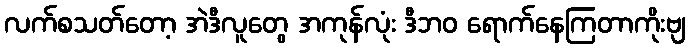
လက်စသတ်တော့ အဲဒီလူတွေ အကုန်လုံး ဒီဘဝ ရောက်နေကြတာကိုးဗျ